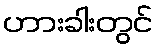
ဟားခါးတွင်